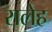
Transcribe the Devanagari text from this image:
रालेह